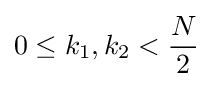
0\leq k_{1},k_{2}<{\frac {N}{2}}